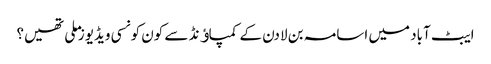
ایبٹ آباد میں اسامہ بن لادن کے کمپاﺅنڈ سے کون کونسی ویڈیوز ملی تھیں؟